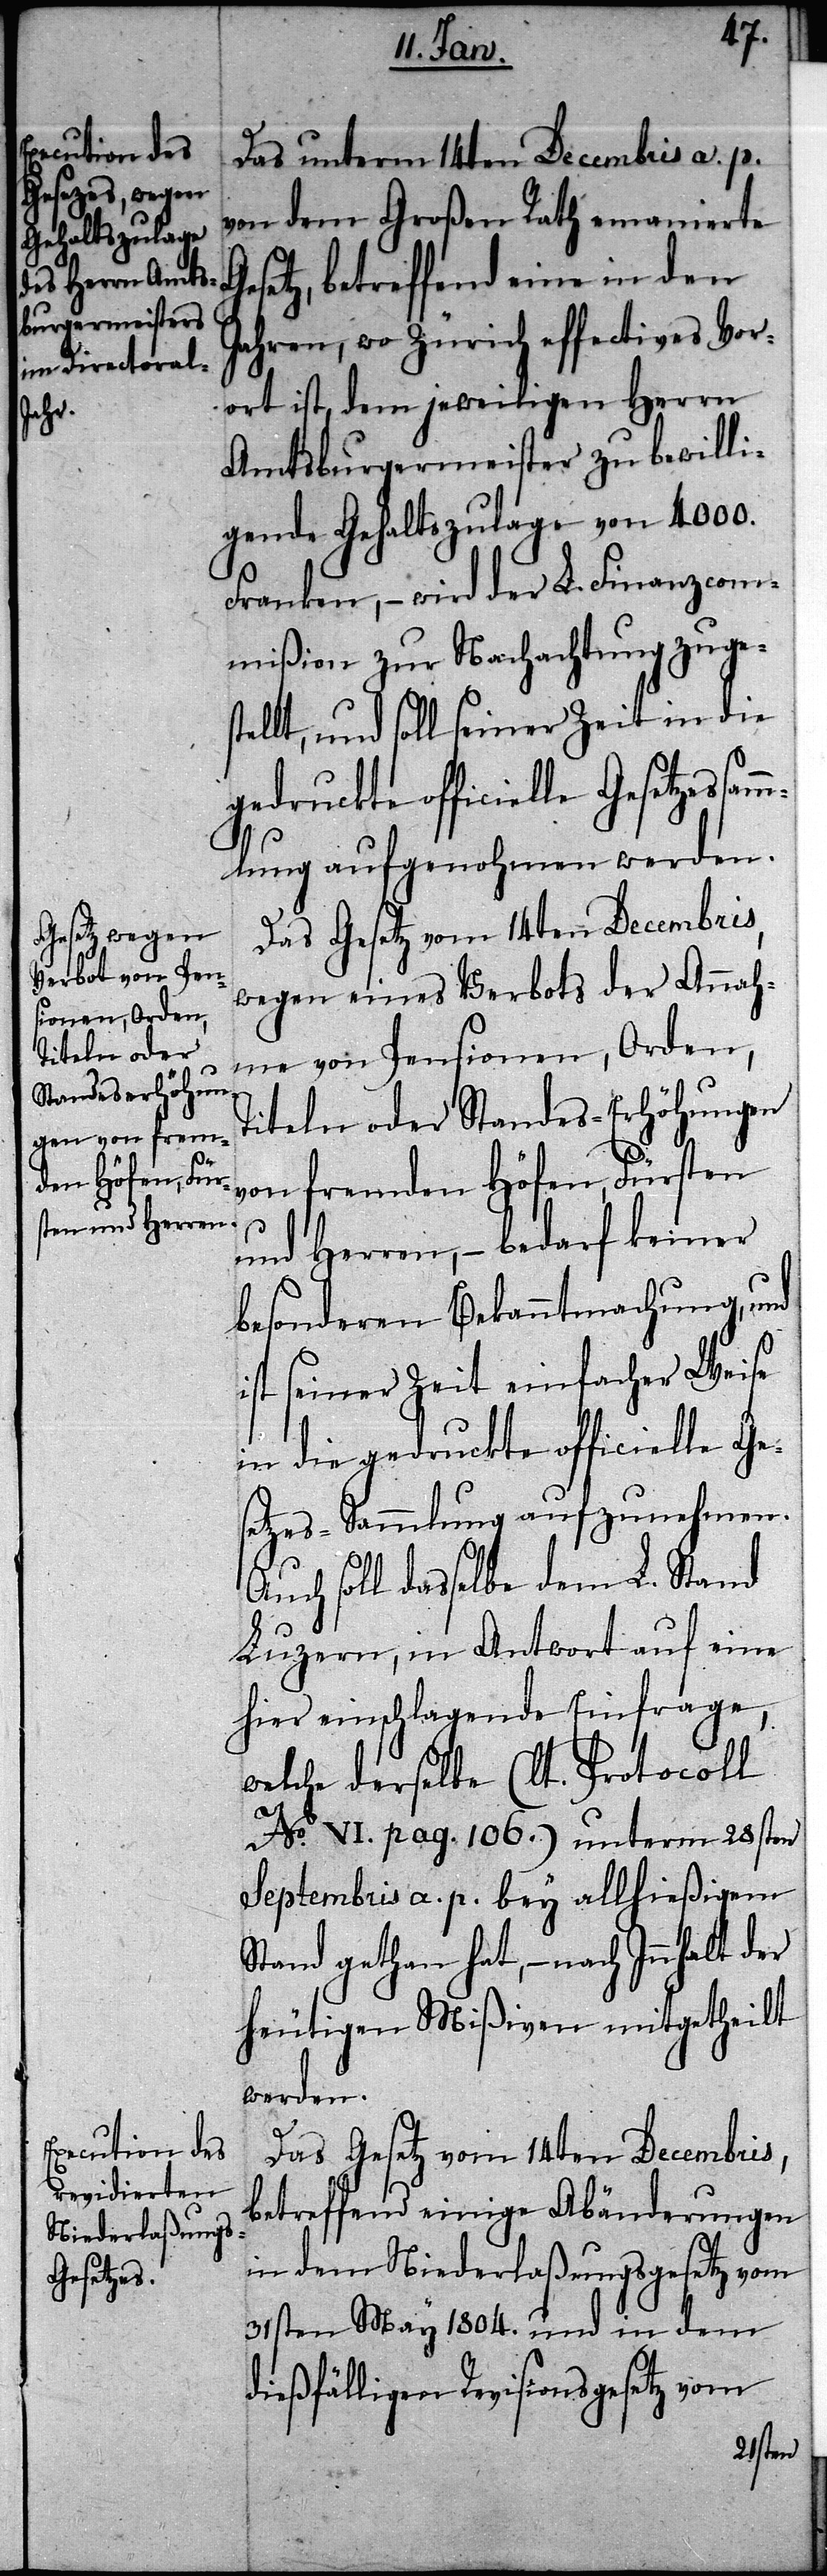
Ge¬

Das unterm 14ten Decembris a. p.
von dem Großen Rath emanierte
setz, betreffend eine in den
Jahren, wo Zürich effectives Vor¬
ort ist, dem jeweiligen Herrn
Amtsburgermeister zu bewilli¬
gende Gehaltszulage von 4000.
Franken, – wird der L. Finanzcom¬
mißion zur Nachachtung zuges¬
tellt, und soll seiner Zeit in die
gedruckte officielle Gesetzessam¬
mlung aufgenohmen werden.
wegen eines Verbots der Annah¬
me von Pensionen, Orden,
Titeln oder Standes-Erhöhungen
von fremden Höfen, Fürsten
und Herren, – bedarf keiner
besonderen Bekanntmachung, und
ist seiner Zeit einfacher Weise
in die gedruckte officielle Ge¬
setzes-Sammlung aufzunehmen.
Auch soll dasselbe dem L. Stand
Luzern, in Antwort auf eine
hier einschlagende Einfrage,
welche derselbe (lt. Protocoll
No. VI. pag. 106.) unterm 28sten
Septembris a. p. bey allhießigen
Stand gethan hat, – nach Innhalt der
heutigen Mißiven mitgetheilt
werden.
Das Gesetz vom 14ten Decembris,
betreffend einige Abänderungen
in dem Niederlaßungsgesetz vom
31sten May 1804. und in dem
dießfälligen Revisionsgesetz vom